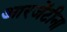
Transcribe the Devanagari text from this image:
आरजेंटीना